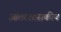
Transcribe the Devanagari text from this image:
आंतरशासकीय